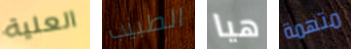
العلية الطبيب هيا متهمة